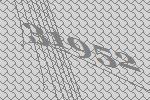
31952